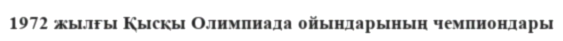
1972 жылғы Қысқы Олимпиада ойындарының чемпиондары